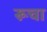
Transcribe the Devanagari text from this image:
रूचा